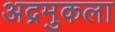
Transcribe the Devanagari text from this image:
अद्रमुकला